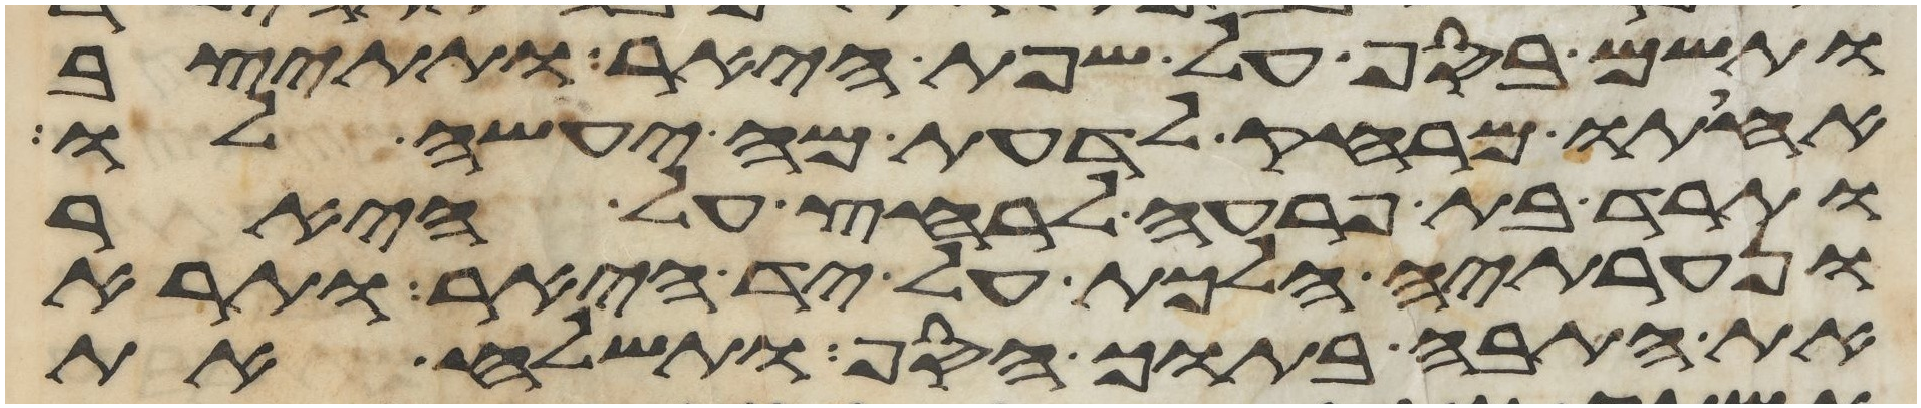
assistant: ותשם בסף על שפת היאר ותתיצב
אחותו מרחק לדעת מה יעשה לו
ותרד בת פרעה לרחץ על היאר
ונערתיה הלכת על יד היאר ותרא
את התבה בתוך הסף ותשלח את